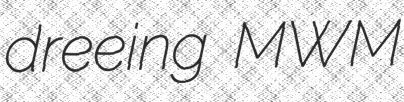
dreeing MWM